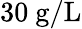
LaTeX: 30~\mathrm{g/L}